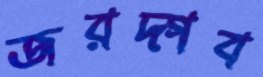
জরদ্গব